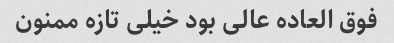
فوق العاده عالی بود خیلی تازه ممنون